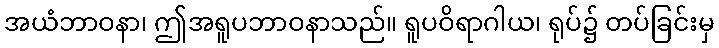
အယံဘာဝနာ၊ ဤအရူပဘာဝနာသည်။ ရူပဝိရာဂါယ၊ ရုပ်၌ တပ်ခြင်းမှ